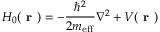
H _ { 0 } ( \textbf { r } ) = - \frac { \hbar ^ { 2 } } { 2 m _ { \mathrm { e f f } } } \nabla ^ { 2 } + V ( \textbf { r } )